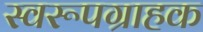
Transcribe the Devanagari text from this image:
स्वरूपग्राहक